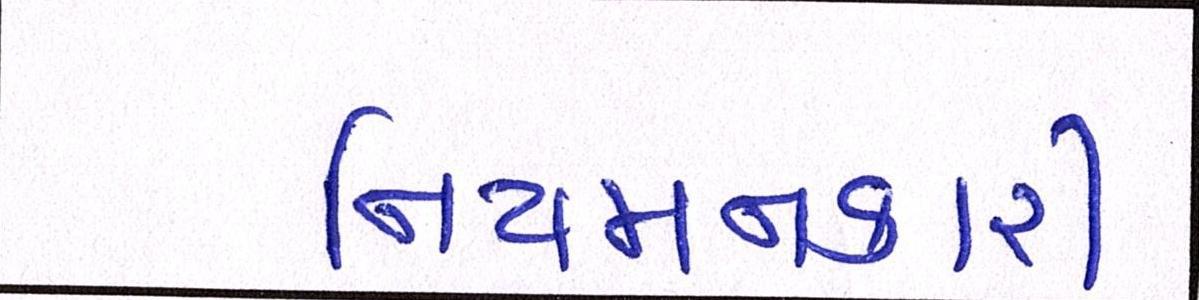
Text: નિયમનકારી